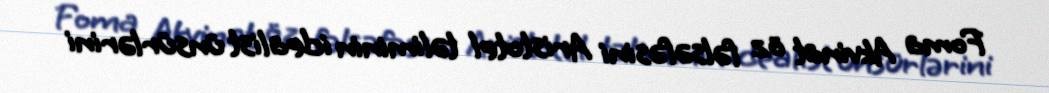
Foma Akvinat öz fəlsəfəsini Aristotel təliminin idealist ünsürlərini